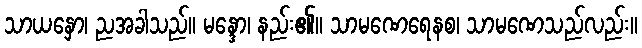
သာယနှော၊ ညအခါသည်။ မန္ဒော၊ နည်း၏။ သာမဏေရေနစ၊ သာမဏေသည်လည်း။